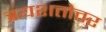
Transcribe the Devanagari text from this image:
त्रयशतोत्तर